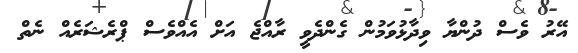
އޭރު ވެސް ދުންޔާ ވިދާޅުވަމުން ގެންދެވީ ރާއްޖެ އަށް އެއްވެސް ޕްރެޝަރެއް ނެތް